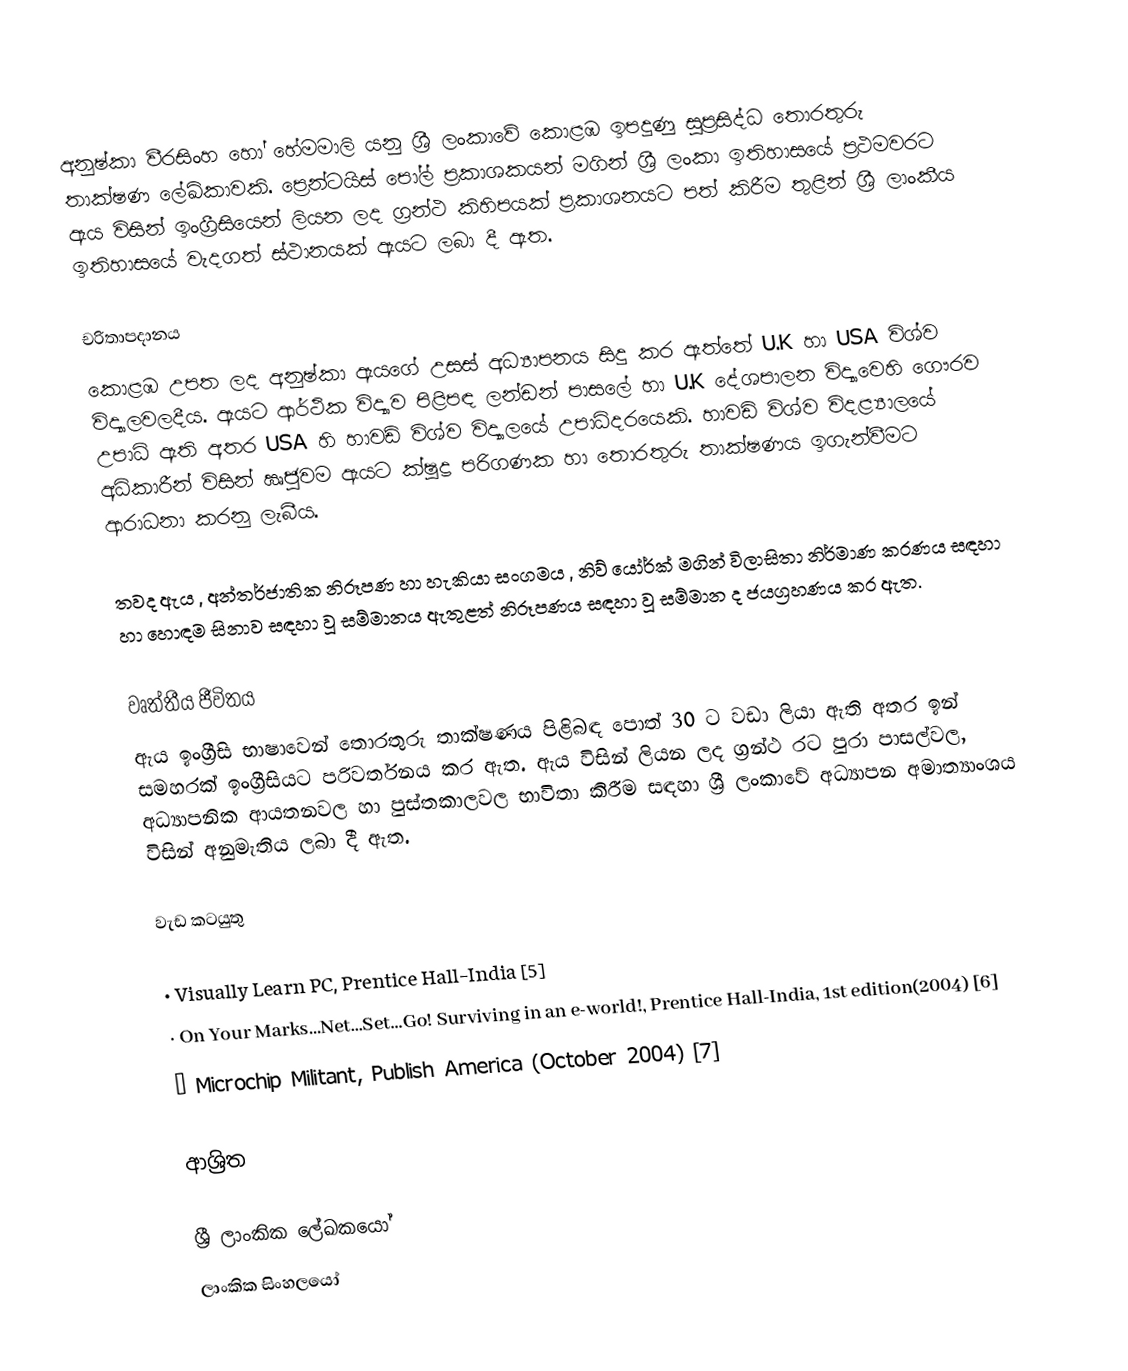
අනුෂ්කා වීරසිංහ හෝ හේමමාලි යනු ශ්‍රී ලංකාවේ කොළඹ ඉපදුණු සුප්‍රසිද්ධ තොරතුරු තාක්ෂණ ලේඛිකාවකි. ප්‍රෙන්ටයිස් පෝල් ප්‍රකාශකයන් මගින් ශ්‍රී ලංකා ඉතිහාසයේ ප්‍රථමවරට ඇය විසින් ඉංග්‍රීසියෙන් ලියන ලද ග්‍රන්ථ කිහිපයක් ප්‍රකාශනයට පත් කිරීම තුළින් ශ්‍රී ලාංකීය ඉතිහාසයේ වැදගත් ස්ථානයක් ඇයට ලබා දී ඇත.

චරිතාපදානය
කොළඹ උපත ලද අනුෂ්කා ඇයගේ උසස් අධ්‍යාපනය සිදු කර ඇත්තේ U.K හා USA විශ්ව විද්‍යාලවලදීය. ඇයට ආර්ථික විද්‍යාව පිළිපඳ ලන්ඩන් පාසලේ හා U.K දේශපාලන විද්‍යාවෙහි ගෞරව උපාධි ඇති අතර USA හි  හාවඩ් විශ්ව විද්‍යාලයේ උපාධිදරයෙකි. හාවඩි විශ්ව විදළ්‍යාලයේ අධිකාරීන් විසින් ඍජුවම ඇයට ක්ෂුද්‍ර පරිගණක හා තොරතුරු තාක්ෂණය ඉගැන්වීමට ආරාධනා කරනු ලැබීය.

තවද ඇය , අන්තර්ජාතික නිරූපණ හා හැකියා සංගමය , නිව් යෝර්ක් මගින් විලාසිතා නිර්මාණ කරණය සඳහා හා හොඳම සිනාව සඳහා වූ සම්මානය ඇතුළත් නිරූපණය සඳහා වූ සම්මාන ද ජයග්‍රහණය කර ඇත‍.

වෘත්තීය ජීවිතය
ඇය ඉංග්‍රීසි භාෂාවෙන් තොරතුරු තාක්ෂණය පිළිබඳ පොත් 30 ට වඩා ලියා ඇති අතර ඉන් සමහරක් ඉංග්‍රීසියට පරිවර්තනය කර ඇත. ඇය විසින් ලියන ලද ග්‍රන්ථ රට පුරා පාසල්වල, අධ්‍යාපනික ආයතනවල හා පුස්තකාලවල භාවිතා කිරීම සඳහා ශ්‍රී ලංකාවේ  අධ්‍යාපන අමාත්‍යාංශය විසින් අනුමැතිය ලබා දී ඇත.

වැඩ කටයුතු

·	Visually Learn PC, Prentice Hall-India [5]
·	On Your Marks…Net…Set…Go! Surviving in an e-world!, Prentice Hall-India, 1st edition(2004) [6]
·	Microchip Militant, Publish America (October 2004) [7]

ආශ්‍රිත

ශ්‍රී ලාංකික ලේඛකයෝ
ලාංකික සිංහලයෝ